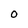
Character: O